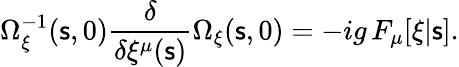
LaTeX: \Omega_{\xi}^{-1}(\mathsf{s},0){\frac{{\delta}}{{\delta\xi^{\mu}(\mathsf{s})}}}\Omega_{\xi}(\mathsf{s},0)=-ig\, F_{\mu}[\xi|\mathsf{s}].